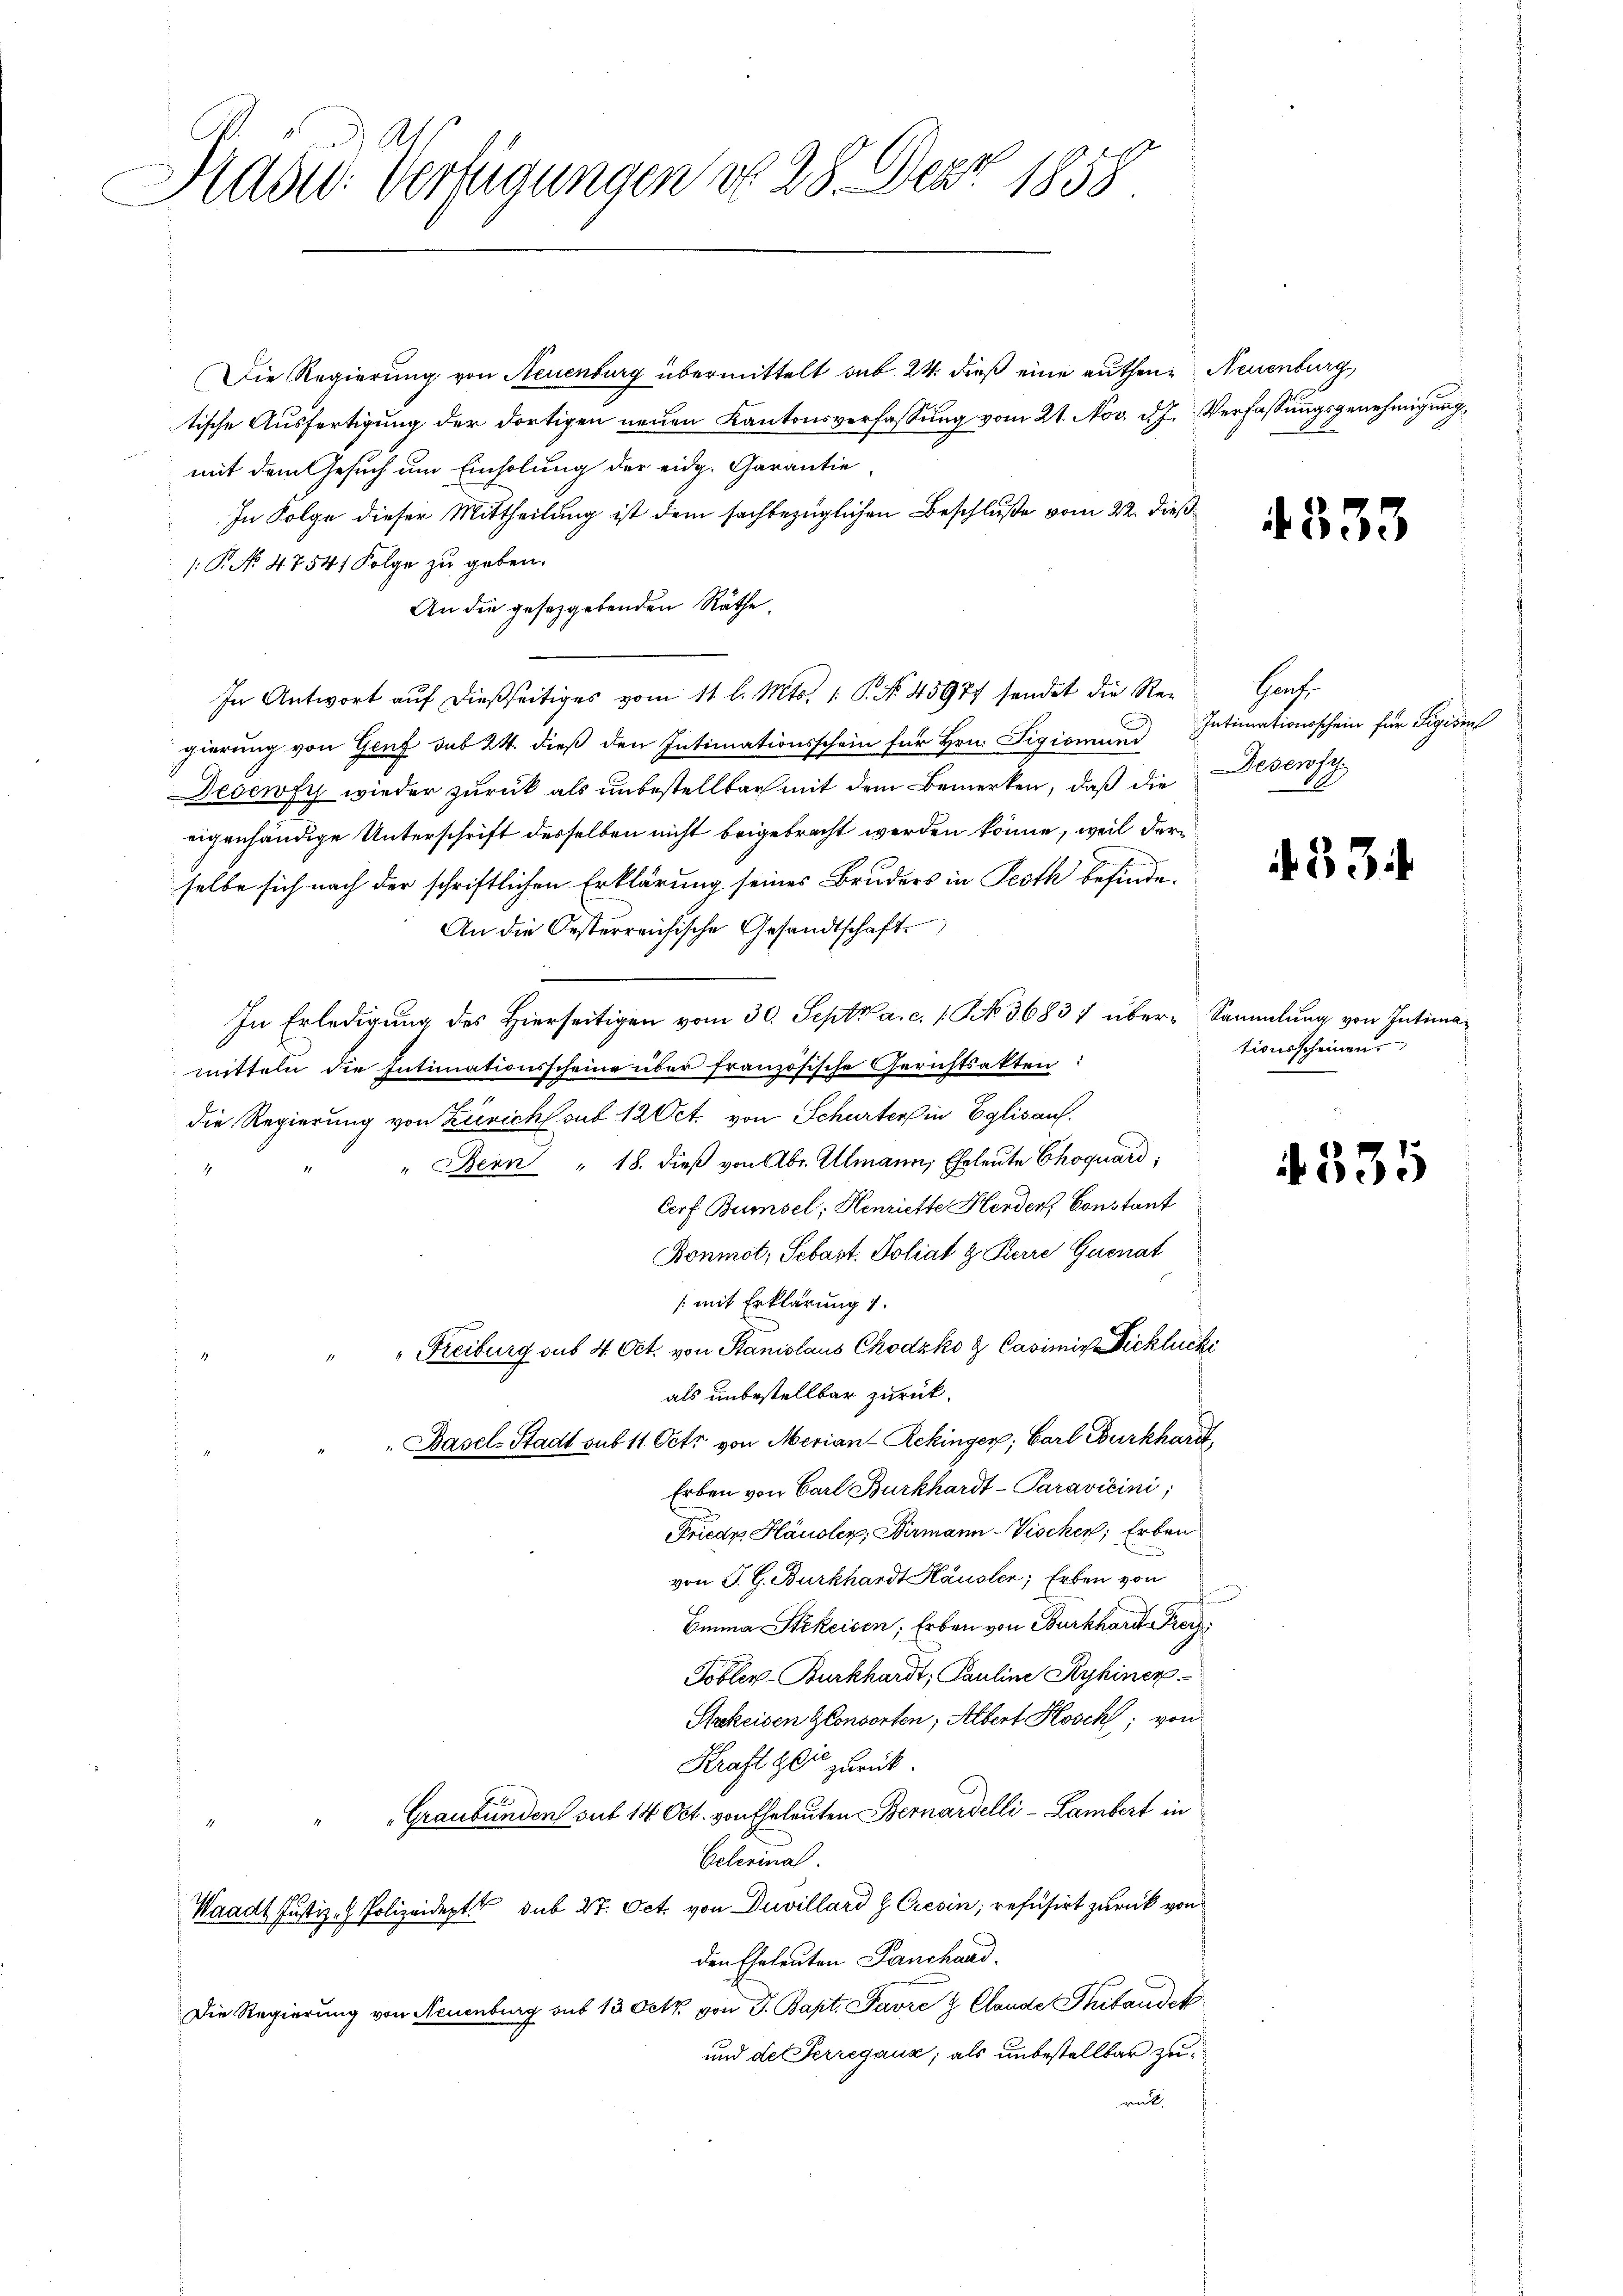
Präsid. Verfügungen No 28. Dez. 1858

Die Regierung von Neuenburg übermittelt sub 24. dieß eine authene Neuenburg
tische Ausfertigung der dortigen neuen Kantonsverfassung vom 21. Nov. d. J. Verfassungsgenehmigung,
mit dem Gesuch um Einholung der eidg. Garantie
In Folge dieser Mittheilung ist dem sachbezüglichen Beschluße vom 22. dieß¬
: P. No. 4754. Folge zu geben.
An die gesetzgebenden Räthe.
In Antwort aŭf dießseitiges vom 11. l. Mts. 1. P. Nr. 45977 sendet die Re- Genf,
gierung von Genf sub 24. dieß den Intimationsschein für Hrn. Sigismund Intimationsschein für Sigisen
Desewfy wieder zurück als unbestellbar mit dem Bemerken, daß die Desey
eigenhändige Unterschrift derselben nicht beigebracht werden könne, weil derselbe sich nach der schriftlichen Erklärung seines Bruders in Peeth befinde.
An die Oesterreichische Gesandtschaft
In Erledigung des hierseitigen vom 30. Sept a. c. 1. No. 36837 über Sammlung von Intimamitteln die Intimationsscheine über französische Gerichtsakten:
die Regierung von Zürichs sub 12 Oct. von Schurter in Eglisauf.
" Dein " 18. dieß von Abr. Almann, Eheleute Choquard,
4
Grf Bumsel; Henriette Herden, Constant
Bonmct; Sebast. Poliat z. Herre Quenat
/ mit Erklärung 1.
„Freiburg sus 4 Oct. von Stanislaus Chodzko & Casimir Dicklucki
als unbestellbar zurück¬
Basel-Stadt sub 11. Octo von Merian-Rekinger, Carl Burkhardt,
Erben von Carl Burkhardt-Paravicini,
Friedr Häusler, Birmann-Vischen; Erben
von J. G. Burkhardt Hausler, Erben von
Emma Stkeisen, Erben von Burkhard Pror
Tobler-Burkhardt, Pauline Ryhiner-
Stackeisen Consorten; Albert Kosch, von
Kraft 90 zurück.
" " "Graubünden sub 14 Oct. von Eheleuten Bernardelli - Lambert in
Celerinal
Waadt Justiz- & Polizeidept sub 27. Oct. von Duvillard Z Cresin, refusirt zurück von
den Eheleuten Panchard.
Die Regierung von Neuenburg sub 13 Octb. von J. Bapt. Favre & Claude Thibaudek
und der Perregaux; als unbestellbar zu
un

4333

u

4. 53

tionsscheinen.

335